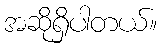
အဆိုရှိပါတယ်။